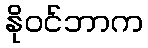
နိုဝင်ဘာက